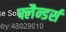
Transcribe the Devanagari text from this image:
फ्लैन्डर्स